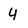
Character: 4